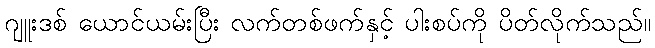
ဂျူးဒစ် ယောင်ယမ်းပြီး လက်တစ်ဖက်နှင့် ပါးစပ်ကို ပိတ်လိုက်သည်။